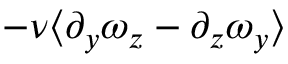
- \nu \langle \partial _ { y } \omega _ { z } - \partial _ { z } \omega _ { y } \rangle